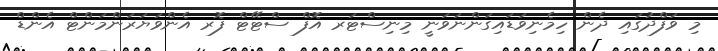
މި ވަފްދުގައި ދެން ހިމެނިވަޑައިގަންނަވަނީ މިނިސްޓަރ އޮފް ސްޓޭޓް ފޮރ އެންވަޔަރަންމަންޓް އެންޑް